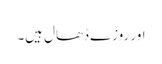
اور روزے ڈھال ہیں۔